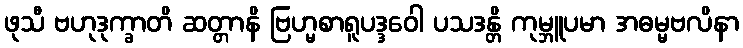
ဖုသီ ဗဟုဒုက္ခာတိ ဆတ္တာနိ ဗြဟ္မစာရူပဒ္ဒဝေါ ပသဒန္တိ ကုမ္ဘူပမာ အဓမ္မဗလိနာ